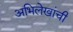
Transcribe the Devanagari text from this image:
अभिलेखांची